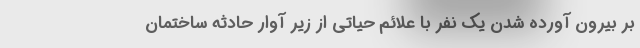
بر بیرون آورده شدن یک نفر با علائم حیاتی از زیر آوار حادثه ساختمان